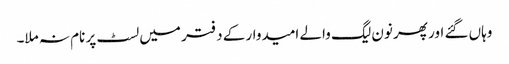
وہاں گئے اور پھر نون لیگ والے امیدوار کے دفتر میں لسٹ پر نام نہ ملا۔